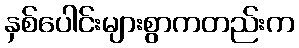
နှစ်ပေါင်းများစွာကတည်းက